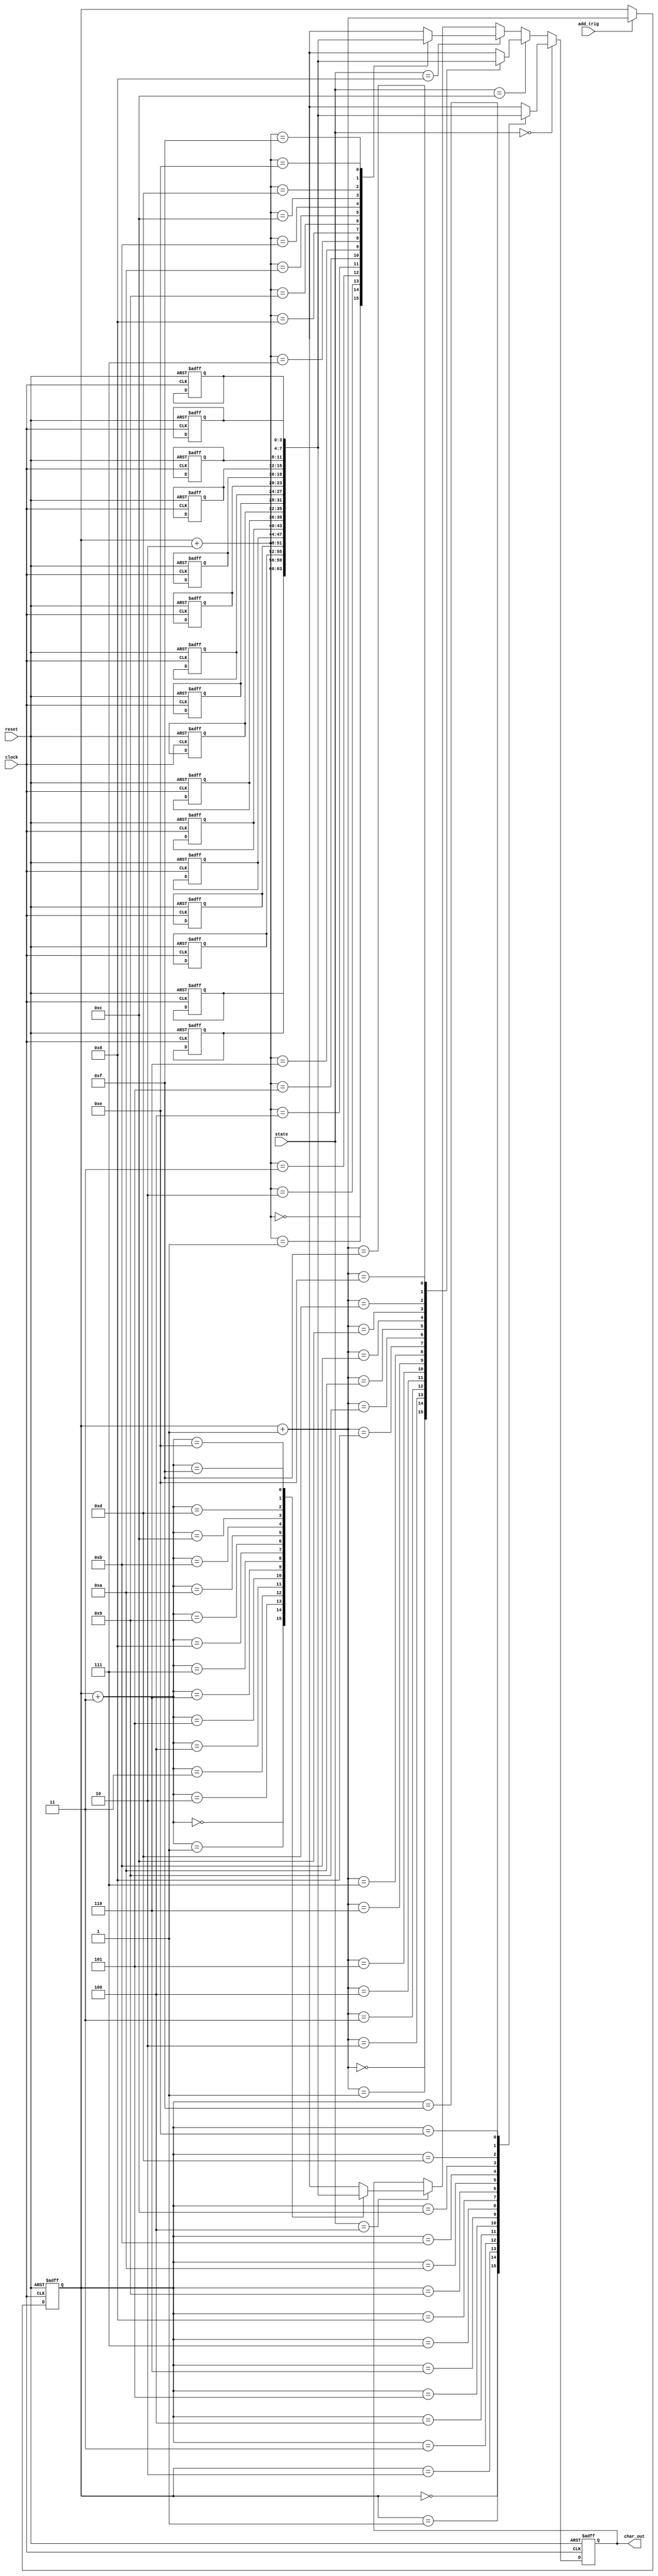
`timescale 1ns / 1ps
//////////////////////////////////////////////////////////////////////////////////
// Company: ---
//
// Design Name:  -----
// Module Name:    mem
// Project Name: FourDigitLEDdriver Lab01 Project
// Target Devices: FPGA Spartan 3
// Tool versions: -----
// Description:
//
// Dependencies:
//
// Revision:
// Revision 0.01 - File Created
// Additional Comments:
//
//////////////////////////////////////////////////////////////////////////////////

//Memory Module with address pointer
module mem(input clock,reset, add_trig,input [3:0]state,output reg [3:0]char_out);

reg [3:0] addr;
reg [3:0] message [15:0];


//Depending on signal we change the address-pointer of the memory
//We move it by 1 position if the button is pressed
//We get it back to 0 if reset is pressed
//It remains the same if we do nothing
always @(posedge clock or posedge reset)
  begin
    if(reset == 1'b1)
		addr<=4'b0000;
	 else if(add_trig)
	   addr<=addr+1;
	 else
	   addr<=addr;
  end

//driving the correct character based on the state
//of the state machine (The data is driven 2 cycles before the LED Anodes)
always @(posedge clock or posedge reset) begin
    if(reset == 1'b1)
		char_out<=4'b0000;
	 else if(state == 4'b0000)
	   char_out <= message[addr];
	 else if(state == 4'b1100)
	   char_out <= message[addr+1];
	 else if(state == 4'b1000)
	   char_out <= message[addr+2];
	 else if(state == 4'b0100)
	   char_out <= message[addr+3];
	 else
	   char_out<= char_out;
  end


//Memory Initialization
always @(posedge clock or posedge reset)
  begin
    if(reset)
	   begin
		  message[0]<=4'd0;
		  message[1]<=4'd1;
		  message[2]<=4'd2;
		  message[3]<=4'd3;
		  message[4]<=4'd4;
		  message[5]<=4'd5;
		  message[6]<=4'd6;
		  message[7]<=4'd7;
		  message[8]<=4'd8;
		  message[9]<=4'd9;
		  message[10]<=4'd10;
		  message[11]<=4'd11;
		  message[12]<=4'd12;
		  message[13]<=4'd13;
		  message[14]<=4'd14;
		  message[15]<=4'd15;
		end
  end

endmodule